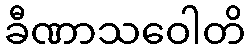
ခီဏာသဝေါတိ